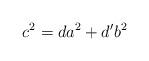
LaTeX: \begin{align*}c^2=da^2+ d'b^2\end{align*}